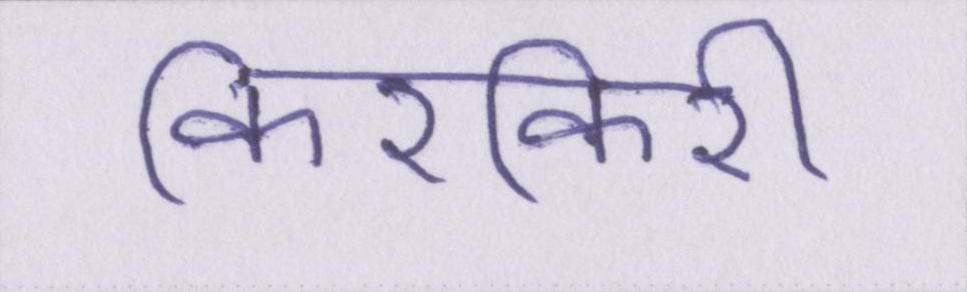
किरकिरी